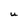
Character: U